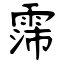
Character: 霈